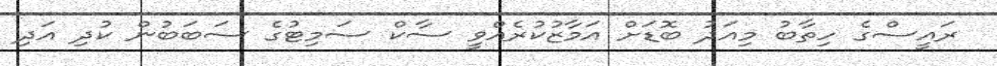
ރައީސްގެ ހިތާބު މިއަދު ބޮޑަށް އަމާޒުކުރެއްވީ ސާކް ސަމިޓުގެ ސަބަބުން ކުދި އަދި